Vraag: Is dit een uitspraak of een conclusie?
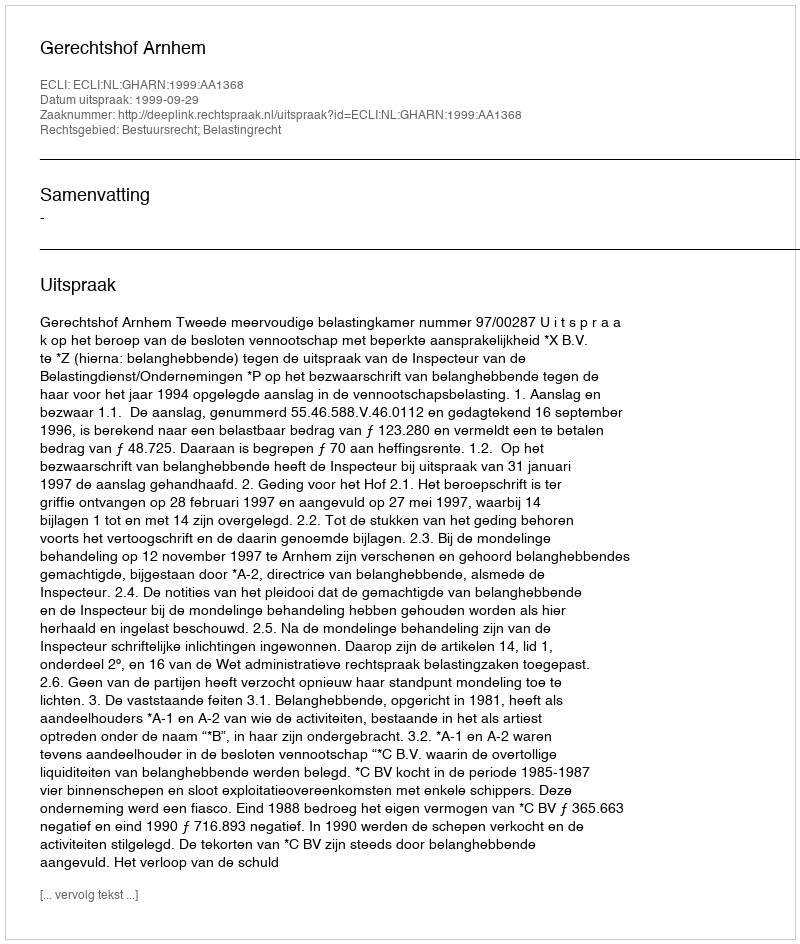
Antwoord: Uitspraak